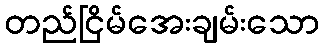
တည်ငြိမ်အေးချမ်းသော